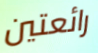
رائعتين